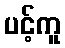
ပင့်ကူ